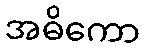
အဓိကော